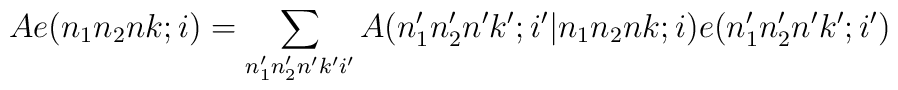
Ae(n_1n_2nk;i)=\sum_{n_1'n_2'n'k'i'}A(n_1'n_2'n'k';i'|n_1n_2nk;i)e(n_1'n_2'n'k';i')